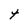
Character: t